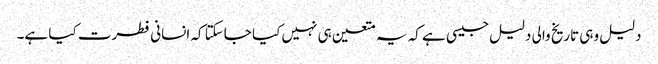
دلیل وہی تاریخ والی دلیل جیسی ہے کہ یہ متعین ہی نہیں کیا جاسکتا کہ انسانی فطرت کیا ہے۔